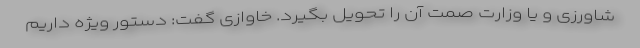
شاورزی و یا وزارت صمت آن را تحویل بگیرد. خاوازی گفت: دستور ویژه داریم